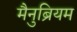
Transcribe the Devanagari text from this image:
मैनुब्रियम